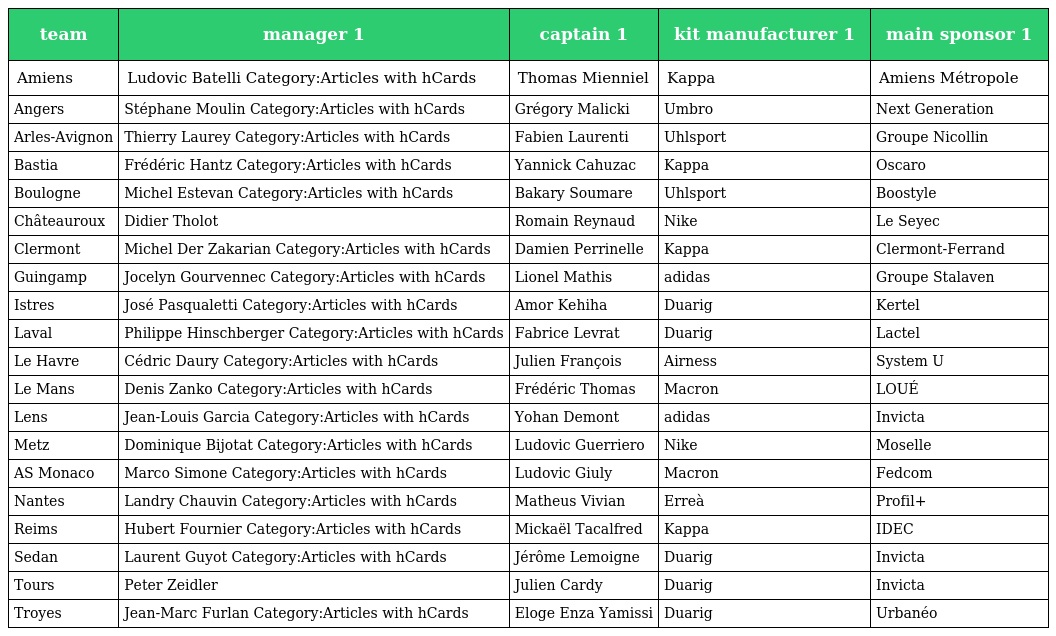
| team | manager 1 | captain 1 | kit manufacturer 1 | main sponsor 1 |
 | --- | --- | --- | --- | --- |
 | Amiens | Ludovic Batelli Category:Articles with hCards | Thomas Mienniel | Kappa | Amiens Métropole |
 | Angers | Stéphane Moulin Category:Articles with hCards | Grégory Malicki | Umbro | Next Generation |
 | Arles-Avignon | Thierry Laurey Category:Articles with hCards | Fabien Laurenti | Uhlsport | Groupe Nicollin |
 | Bastia | Frédéric Hantz Category:Articles with hCards | Yannick Cahuzac | Kappa | Oscaro |
 | Boulogne | Michel Estevan Category:Articles with hCards | Bakary Soumare | Uhlsport | Boostyle |
 | Châteauroux | Didier Tholot | Romain Reynaud | Nike | Le Seyec |
 | Clermont | Michel Der Zakarian Category:Articles with hCards | Damien Perrinelle | Kappa | Clermont-Ferrand |
 | Guingamp | Jocelyn Gourvennec Category:Articles with hCards | Lionel Mathis | adidas | Groupe Stalaven |
 | Istres | José Pasqualetti Category:Articles with hCards | Amor Kehiha | Duarig | Kertel |
 | Laval | Philippe Hinschberger Category:Articles with hCards | Fabrice Levrat | Duarig | Lactel |
 | Le Havre | Cédric Daury Category:Articles with hCards | Julien François | Airness | System U |
 | Le Mans | Denis Zanko Category:Articles with hCards | Frédéric Thomas | Macron | LOUÉ |
 | Lens | Jean-Louis Garcia Category:Articles with hCards | Yohan Demont | adidas | Invicta |
 | Metz | Dominique Bijotat Category:Articles with hCards | Ludovic Guerriero | Nike | Moselle |
 | AS Monaco | Marco Simone Category:Articles with hCards | Ludovic Giuly | Macron | Fedcom |
 | Nantes | Landry Chauvin Category:Articles with hCards | Matheus Vivian | Erreà | Profil+ |
 | Reims | Hubert Fournier Category:Articles with hCards | Mickaël Tacalfred | Kappa | IDEC |
 | Sedan | Laurent Guyot Category:Articles with hCards | Jérôme Lemoigne | Duarig | Invicta |
 | Tours | Peter Zeidler | Julien Cardy | Duarig | Invicta |
 | Troyes | Jean-Marc Furlan Category:Articles with hCards | Eloge Enza Yamissi | Duarig | Urbanéo |